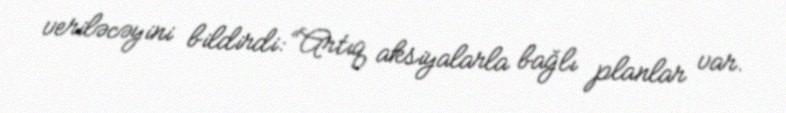
veriləcəyini bildirdi: “Artıq aksiyalarla bağlı planlar var.